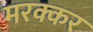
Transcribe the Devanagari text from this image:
मरक्कर